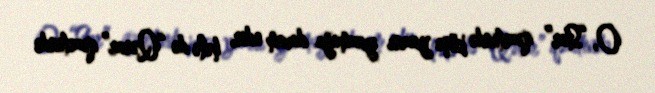
O, “Star” qəzetində köşə yazısı yazmağa davam edir, hələ də “Qərar” qəzetində